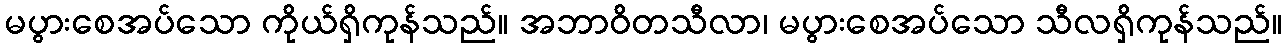
မပွားစေအပ်သော ကိုယ်ရှိကုန်သည်။ အဘာဝိတသီလာ၊ မပွားစေအပ်သော သီလရှိကုန်သည်။